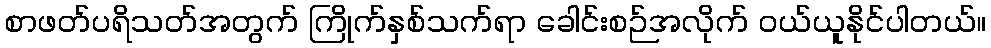
စာဖတ်ပရိသတ်အတွက် ကြိုက်နှစ်သက်ရာ ခေါင်းစဉ်အလိုက် ဝယ်ယူနိုင်ပါတယ်။